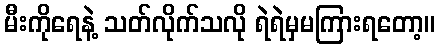
မီးကိုရေနဲ့ သတ်လိုက်သလို ရဲရဲမှမကြားရတော့။